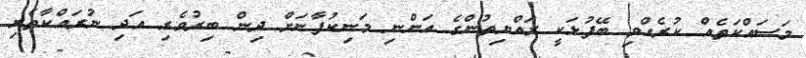
މަސައްކަތެއް ކުރެއްވި ބޭފުޅަކީ ރައްޔިތުންގެ އަންނި މަނިކުފާނަށް ދިން ބިރުވެރި އަދި ނުރައްކާތެރި